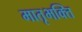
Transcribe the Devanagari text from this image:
मातृभक्ति